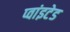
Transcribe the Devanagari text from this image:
प्वांइटेड